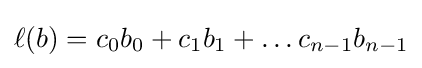
\ell (b)=c_{0}b_{0}+c_{1}b_{1}+\ldots c_{n-1}b_{n-1}